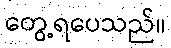
တွေ့ရပေသည်။